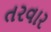
તરવાર